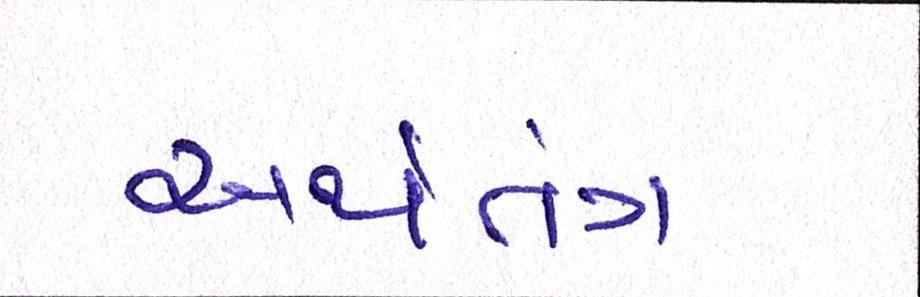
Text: અર્થતંત્ર